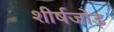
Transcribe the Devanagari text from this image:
शीर्षजोड़